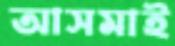
আসমাই